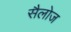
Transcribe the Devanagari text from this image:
सैलोज